Leaving Certificate Examination, 1905
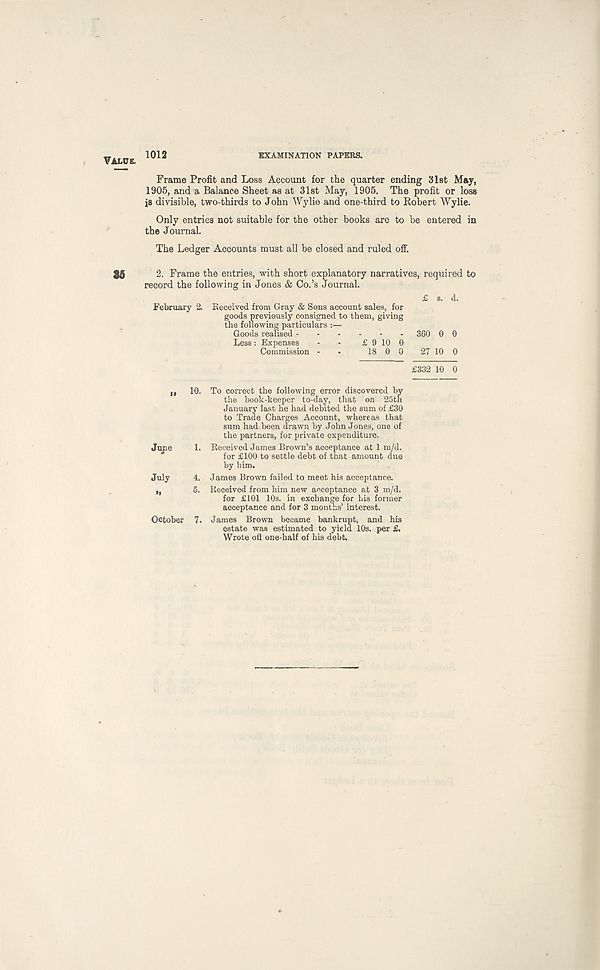
Value.
examination papers.
Frame Profit and Loss Account for the quarter ending 31st May,
1905, and a Balance Sheet as at 31st May, 1905. The profit or loss
is divisible, two-thirds to John Wylie and one-third to Robert Wylie.
Only entries not suitable for the other books are to be entered in
the Journal.
The Ledger Accounts must all be closed and ruled off.
86
2. Frame the entries, with short explanatory narratives, required to
record the following in Jones & Co.’s Journal.
£ s. d.
February 2. Keceived from Gray & Sons account sales, for
goods previously consigned to them, giving
the following particulars :—
Goods realised
360 0 0
Less: Expenses - - £ 9 10 0
Commission - - 18 0 0 27 10 0
£332 10 0
June
July
»•
10. To correct the following error discovered by
the book-keeper to-day, that on 25th
January last he had debited the sum of £30
to Trade Charges Account, whereas that
sum had been drawn by John Jones, one of
the partners, for private expenditure.
1. Received James Brown’s acceptance at 1 m/d.
for £100 to settle debt of that amount due
by him.
4. James Brown failed to meet his acceptance.
5. Received from him new acceptance at 3 m/d.
for £101 10s. in exchange for his former
acceptance and for 3 months’ interest.
James Brown became bankrupt, and his
estate was estimated to yield 10s. per £.
Wrote oil one-half of his debt.
October 7.